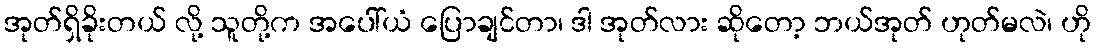
အုတ်ရှိခိုးတယ် လို့ သူတို့က အပေါ်ယံ ပြောချင်တာ၊ ဒါ အုတ်လား ဆိုတော့ ဘယ်အုတ် ဟုတ်မလဲ၊ ဟို